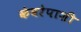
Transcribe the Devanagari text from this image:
कंबरेपाशी